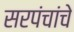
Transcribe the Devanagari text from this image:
सरपंचांचे